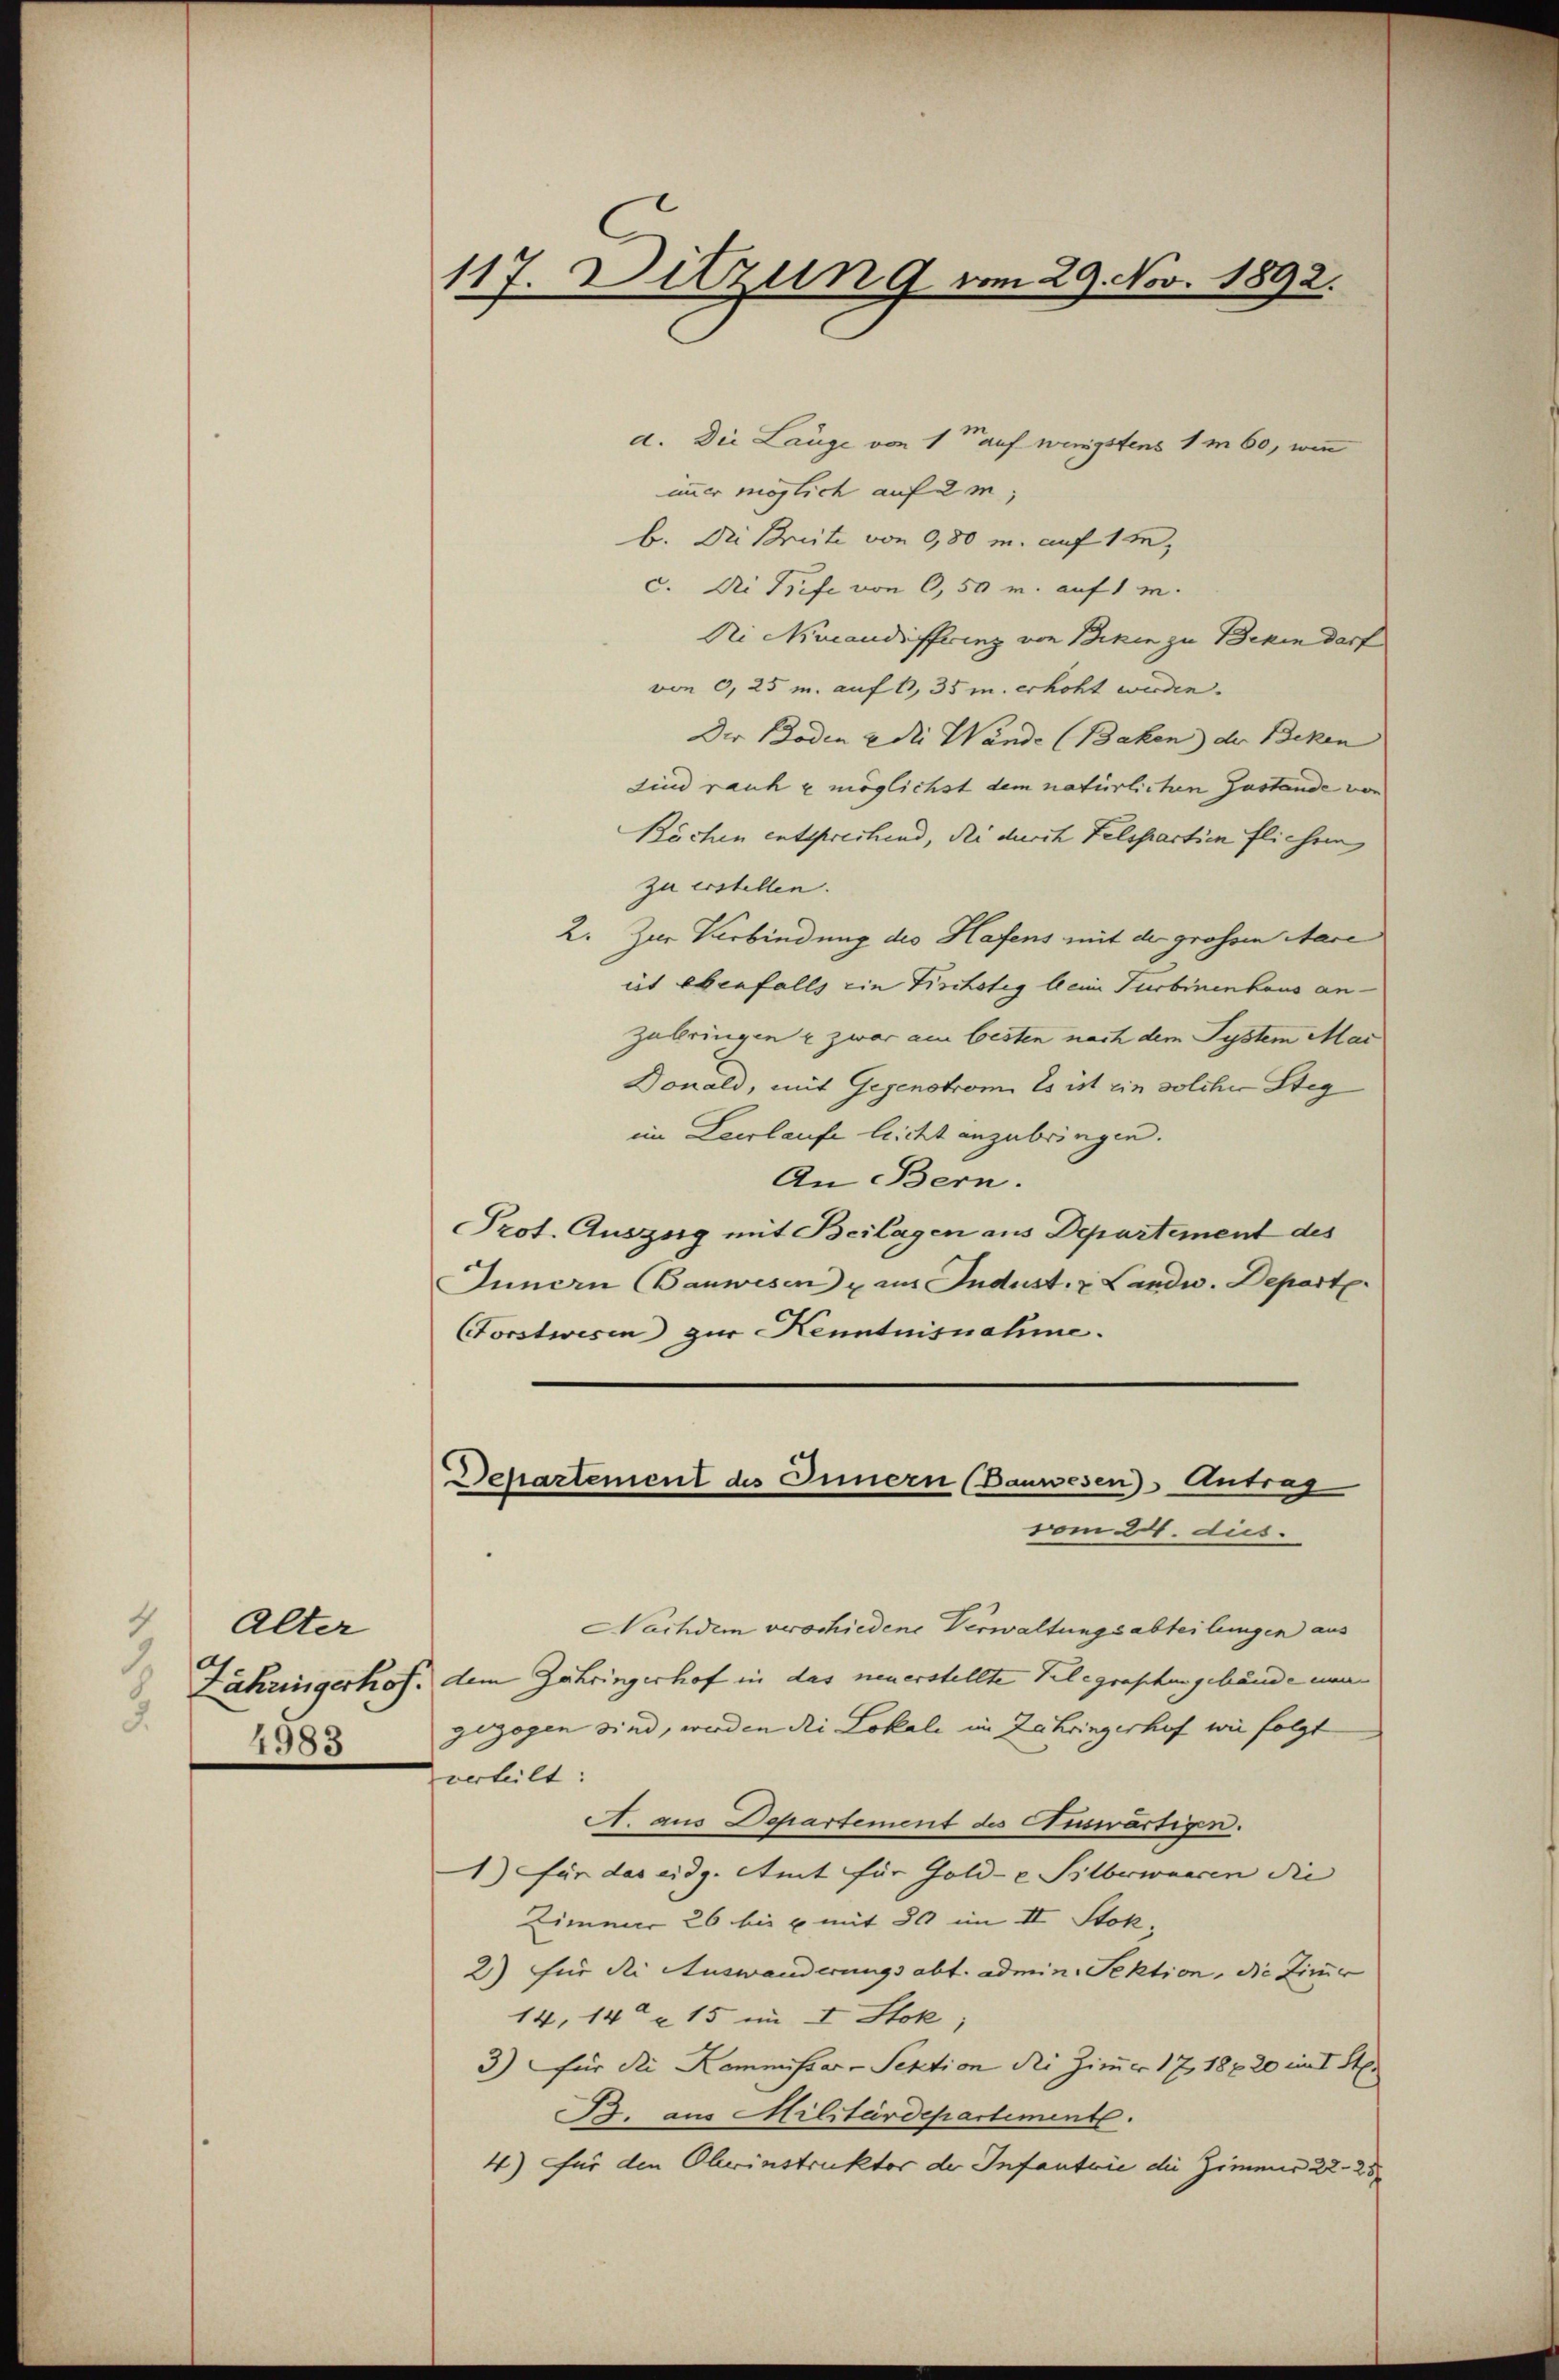
4
Alter
1
 4983

117. Ditzung vom 29. Nov. 1892.

d. Die Lange von 1ter auf wenigstens 1m 60, wenn
immer möglich auf 2m,
b. Die Breite von 0,80 m. auf 10,
c. Die Trife von 0,50 r. auf 1 m.
Di Nucandifferenz von Beken zu Beken darf
von 0,25 m. auf 1, 35 m. erhöht werden.
Der Boden & die Wande (Baken) der Beken
sind rauhe möglichst dem natürlichen Gustande von
Böchen entsprechend, die durch Felspartien flichen
zu erstellen.
2. Zur Verbindung des Hafens mit der grossen Mace
ist ebenfalls ein Tischotig beim Turbinenhaus anzubringen u zwar am besten nach dem System Mai
Donald, mit Gegenstrom. Es ist ein solcher Steg
im Leerlaufe leicht anzubringen.
An Bern.
Prot. Auszeig mit Beilagen aus Departement des
Innern Bauwesen & aus Indust. & Landw. Depart
Forstwesen zur Kenntnisnahme.
Departement des Innern (Bauwesen Antrag
vom 21. dies
Nachdem verschiedene Verwaltungsabteilungen aus
Zähringerhof, dem Zähringerhof in das neuerstellte Telegraphengebäude nungezogen sind, werden die Lokale im Zehringerhof wie folgt
verteilt:
A. aus Departement des Auswärtigen.
1) für das eidg. Amt für Gold- & Silberwancen die |
Zimmer 26 bis u. mit 30 im II Stok
2) Für die Auswanderungs abt. admin. Sektion, die Zimmer
14, 14 15 im I. Stok;
3) für die Kommissar-Sektion die Zimmer 17, 18820 im I. St.
B. aus Militärdepartement.
4) für den Oberinstruktor der Infantrie die Zimmer 22. 25